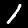
Label: 1